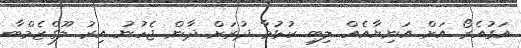
އަގުއެރޯ އަށް އަނިޔާއެއް ލިބި ކުޅުމާ ދުރަށް ދާން ޖެހުނު އިރު ލޫގްޒެމްބާ